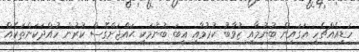
ހަޑިއެއްޗެހި އަގައިން ބުނުމާއި ޒުވާބު ކުރުމާއި ޣީބަ ބުނުމަކީ ޙައްޖަށްގޮސް ކުރުން ހުއްދަކަންތަކެއް